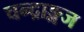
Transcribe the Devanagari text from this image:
चन्द्राङ्गज